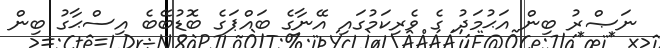
ނަޞްރު ބިން އަޙުމަދު ގެ ވެރިކަމުގައި އޭނާގެ ބައްޕަގެ ބޮޑުބޭބެ އިސްޙާގު ބިން